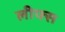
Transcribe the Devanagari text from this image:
लीफ्स